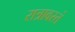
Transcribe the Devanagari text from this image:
रात्रावस्तं